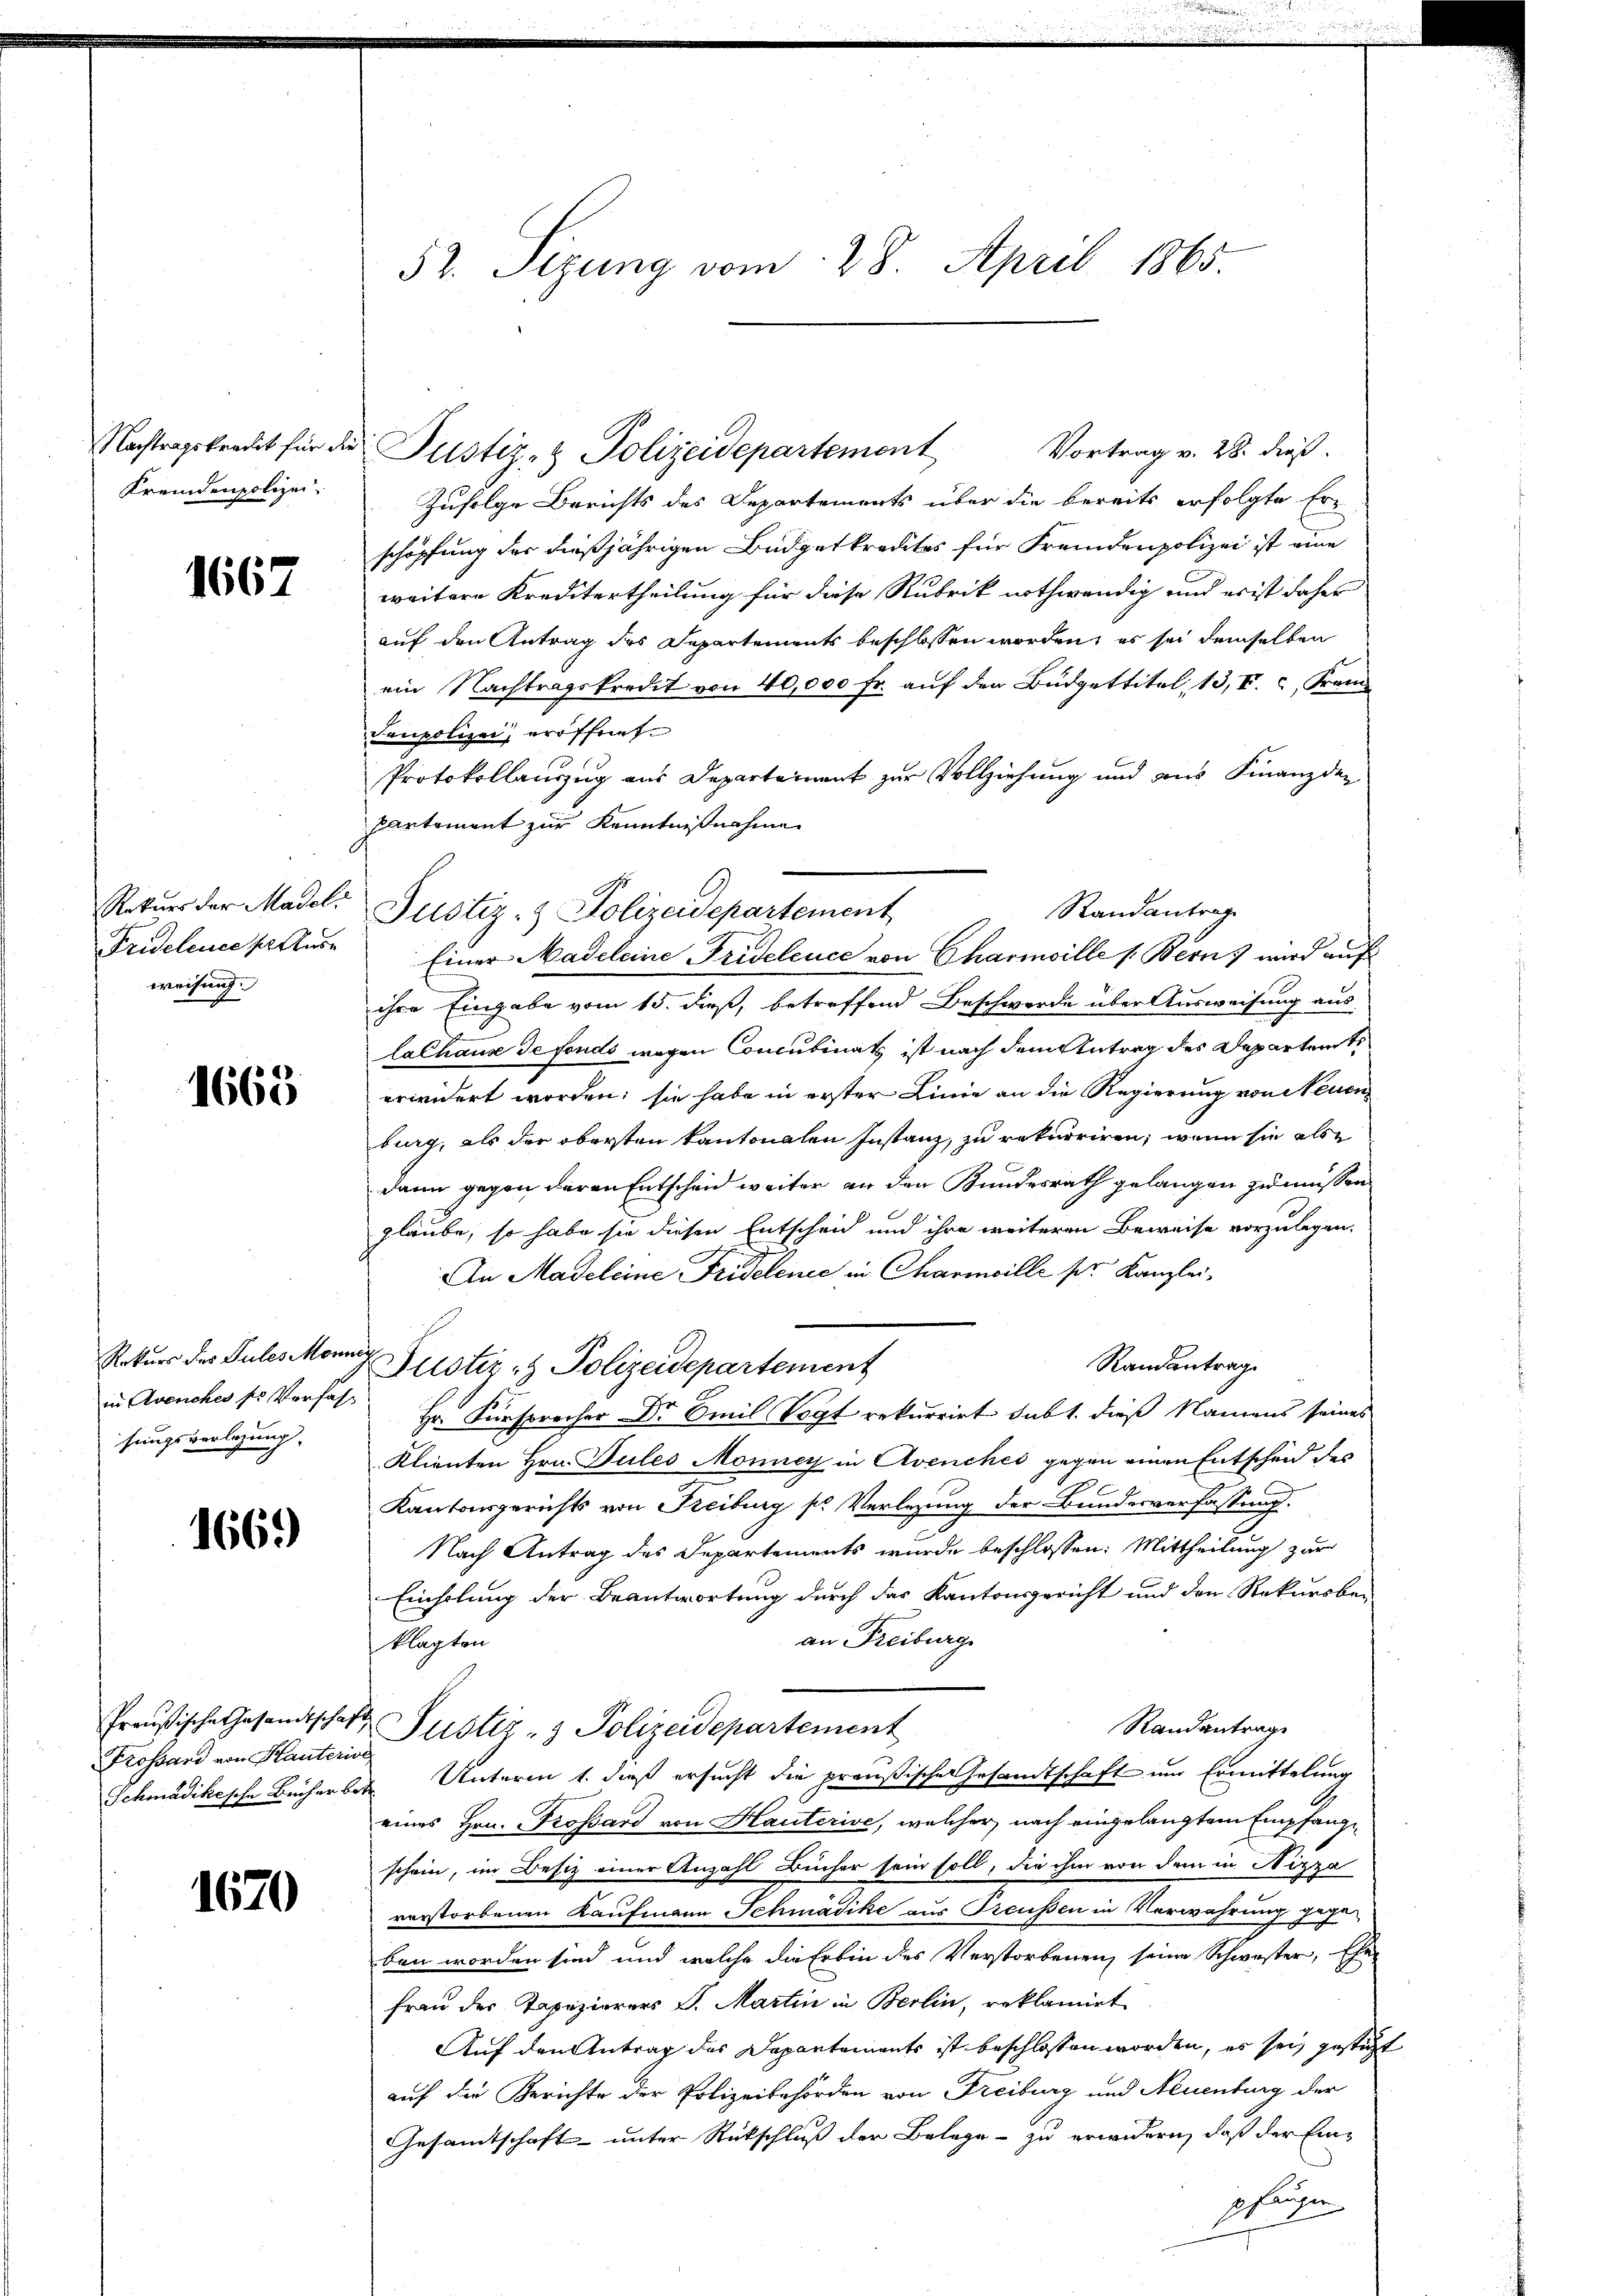
Nachtragskredit für die
Fremdenpolizei

1667

Rekurs der Madel
Fridelinee s. Ande
weisung

1665

Rekurs des Pules Monner
in Avenches sr Verfass
sungsverlegung.

1669)

Preußische Gesandtschaft,
rossard von Hauterisc
Schmädikische Bücher bet

1670

52. Sizung vom 28. April 1865.

Justiz- & Polizeidepartement Vortrag v. 28. dieß.
Zufolge Berichts des Departements über die bereits erfolgte Erschöpfung der dießjährigen Budgetkredites für Fremdenpolizei ist eine
weitere Kreditertheilung für diese Rubrik nothwendig und er ist daher
auf den Antrag des Departements beschlossen worden, es sei demselben
ein Nachtragskredit von 40,000 fr. auf den Büdgettitel, 13, I., Frem
Saupolizei, eröffnete
Protokollauszug aus Departement zur Vollziehung und aus Finanzden
Partement zur Kenntnißnahme
Einer Madeleine Fridelcuce von Charmoille (Bern) wird auf
ihre Eingabe vom 15. dieß, betreffend Beschwerde über Ausweisung aus
lalhause de fonds wegen Concubinats ist nach dem Antrag des Departente
erwidert worden; sie habe in erster Linie an die Regierung von Neuen
burg, als der obersten kantonalen Instanz, zu rekurriren, wenn sie als
dann gegen deren Entscheid weiter an den Bundesrath gelangen zu müssen,
glaube, so habe sie diesen Entscheid und ihre weiteren Beweise vorzulegen.
An Madeleine Fridelence in Charmville pr. Kanzlei¬
Randantrag
Justiz- & Polizeidepartement
Hr. Fürsprecher Dr Emil Vogt rekurrirt subt. dieß Namens seines
Klienten Hrn. Pules Monney in Avenches gegen einen Entscheid des
Kantonsgerichts von Freiburg pr Verlegung der Bundesverfassung.
Nach Antrag des Departements wurde beschlossen: Mittheilung zur
Einholung der Beantwortung durch das Kantonsgericht und den Rekursbe-
an Freiburg
klagten
Randantrag
Justiz- & Polizeidepartement
 Unterm 1. daß ersucht die preußische Gesandtschaft um Ermittelung
eines Hrn. Trossard von Hauterise, welcher nach eingelangtem Empfange
schein, im Besitz einer Anzahl Bücher sein soll, die ihm von dem in Nizza
verstorbenen Kaufmann Schmadike aus Preußen in Verwahrung gegeben worden sind und welche die Erbin des Verstorbenen seine Schwester, Ehe
Frau der Tapezierers S. Martin in Berlin, reklamirt
Auf den Antrag des Departements ist beschlossen worden, es sei, gesticht
auf die Berichte der Polizeibehörden von Freiburg und Neuenburg der
Gesamtschaft unter Rückschluß der Belege - zu erwidern, daß der Einpfangen

Randantrag
Justiz- & Polizeidepartement